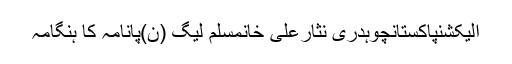
الیکشنپاکستانچوہدری نثارعلی خانمسلم لیگ (ن)پانامہ کا ہنگامہ